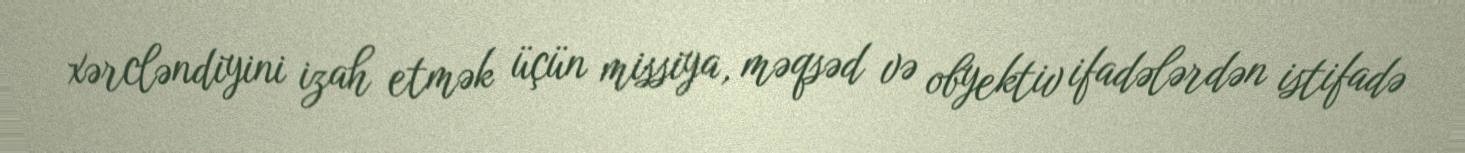
xərcləndiyini izah etmək üçün missiya, məqsəd və obyektiv ifadələrdən istifadə